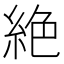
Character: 絶